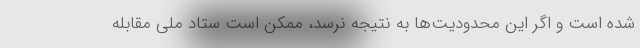
شده است و اگر این محدودیت‌ها به نتیجه نرسد، ممکن است ستاد ملی مقابله